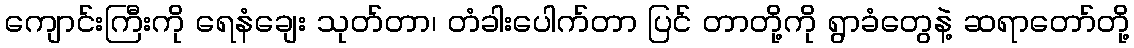
ကျောင်းကြီးကို ရေနံချေး သုတ်တာ၊ တံခါးပေါက်တာ ပြင် တာတို့ကို ရွာခံတွေနဲ့ ဆရာတော်တို့